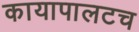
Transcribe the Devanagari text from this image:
कायापालटच